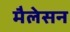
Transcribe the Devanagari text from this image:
मैलेसन